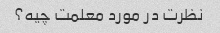
نظرت در مورد معلمت چیه؟